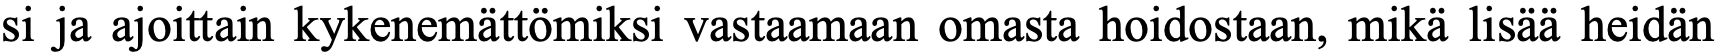
si ja ajoittain kykenemättömiksi vastaamaan omasta hoidostaan, mikä lisää heidän